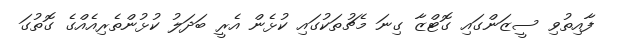
ފާއިތުވި ސީޒަންގައި ގޮޓްޒާ ގިނަ މެޗުތަކުގައި ކުޅެން އެރީ ބަދަލު ކުޅުންތެރިއެއްގެ ގޮތުގަ